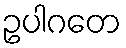
ဥပါဂတေ